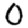
Digit: 0